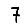
Digit: 7